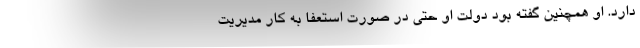
دارد. او همچنین گفته بود دولت او حتی در صورت استعفا به کار مدیریت